Civil Veterinary Dept. Assam report 1927-50 - 1927-1950
Year: 1927
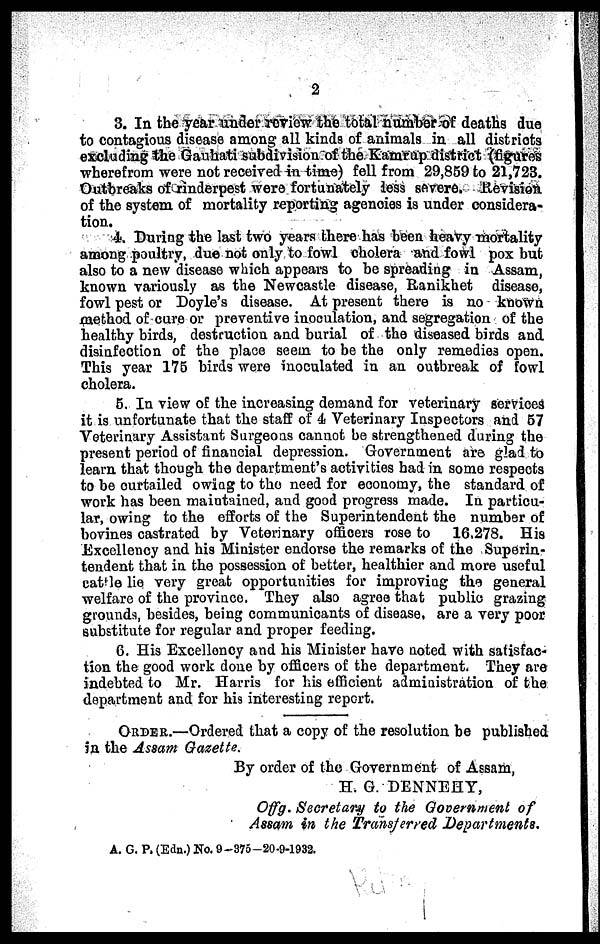
2
3. In the year under review the total number of deaths due
to contagious disease among all kinds of animals in all districts
excluding the Gauhati subdivision of the Kamrup district (figures
wherefrom were not received in time) fell from 29,859 to 21,723.
Outbreaks of rinderpest were fortunately less severe. Revision
of the system of mortality reporting agencies is under considera-
tion.
4. During the last two years there has been heavy mortality
among poultry, due not only to fowl cholera and fowl pox but
also to a new disease which appears to be spreading in Assam,
known variously as the Newcastle disease, Ranikhet disease,
fowl pest or Doyle's disease. At present there is no known
method of cure or preventive inoculation, and segregation of the
healthy birds, destruction and burial of the diseased birds and
disinfection of the place seem to be the only remedies open.
This year 175 birds were inoculated in an outbreak of fowl
cholera.
5. In view of the increasing demand for veterinary services
it is unfortunate that the staff of 4 Veterinary Inspectors and 57
Veterinary Assistant Surgeons cannot be strengthened during the
present period of financial depression. Government are glad to
learn that though the department's activities had in some respects
to be curtailed owing to the need for economy, the standard of
work has been maintained, and good progress made. In particu-
lar, owing to the efforts of the Superintendent the number of
bovines castrated by Veterinary officers rose to 16,278. His
Excellency and his Minister endorse the remarks of the Superin-
tendent that in the possession of better, healthier and more useful
cattle lie very great opportunities for improving the general
welfare of the province. They also agree that public grazing
grounds, besides, being communicants of disease, are a very poor
substitute for regular and proper feeding.
6. His Excellency and his Minister have noted with satisfac-
tion the good work done by officers of the department. They are
indebted to Mr. Harris for his efficient administration of the
department and for his interesting report.
ORDER.—Ordered that a copy of the resolution be published
in the Assam Gazette.
By order of the Government of Assam,
H. G. DENNEHY,
Offg. Secretary to the Government of
Assam in the Transferred
Departments,
A. G. P. (Edn.) No. 9-375-20-9-1932.